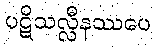
ပဋိသလ္လီနဿပေ